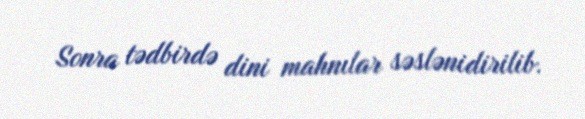
Sonra tədbirdə dini mahnılar səslənidirilib.